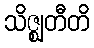
သိဇ္ဈတီတိ